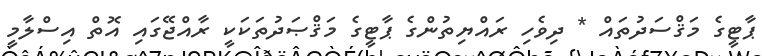
ޕާޓީގެ މަޤްސަދުތައް * ދިވެހި ރައްޔިތުންގެ ޕާޓީގެ މަޤްޞަދުތަކަކީ ރާއްޖޭގައި އޮތް އިސްލާމީ